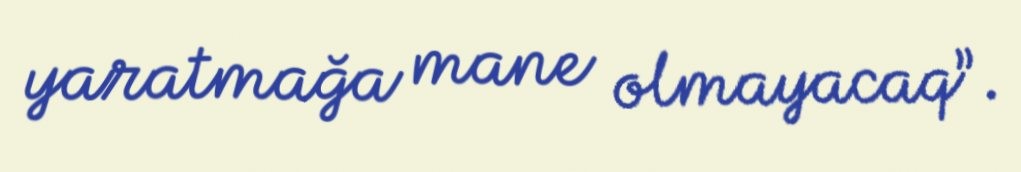
yaratmağa mane olmayacaq”.